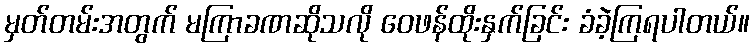
မှတ်တမ်းအတွက် မကြာခဏဆိုသလို ဝေဖန်ထိုးနှက်ခြင်း ခံခဲ့ကြရပါတယ်။